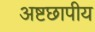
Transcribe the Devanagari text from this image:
अष्टछापीय